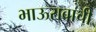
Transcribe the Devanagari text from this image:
भाऊरावाची